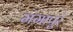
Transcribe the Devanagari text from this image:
मंगापुरं